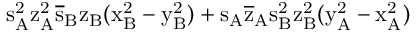
\mathrm { s _ { A } ^ { 2 } \mathrm { z _ { A } ^ { 2 } \mathrm { \overline { { s } } _ { B } \mathrm { z _ { B } ( \mathrm { x _ { B } ^ { 2 } - \mathrm { y _ { B } ^ { 2 } ) + \mathrm { s _ { A } \mathrm { \overline { { z } } _ { A } \mathrm { s _ { B } ^ { 2 } \mathrm { z _ { B } ^ { 2 } ( \mathrm { y _ { A } ^ { 2 } - \mathrm { x _ { A } ^ { 2 } ) } } } } } } } } } } } }